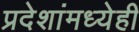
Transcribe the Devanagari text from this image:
प्रदेशांमध्येही